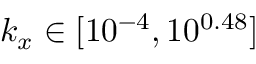
k _ { x } \in [ 1 0 ^ { - 4 } , 1 0 ^ { 0 . 4 8 } ]